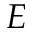
E